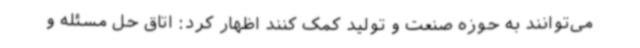
می‌توانند به حوزه صنعت و تولید کمک کنند اظهار کرد: اتاق حل مسئله و